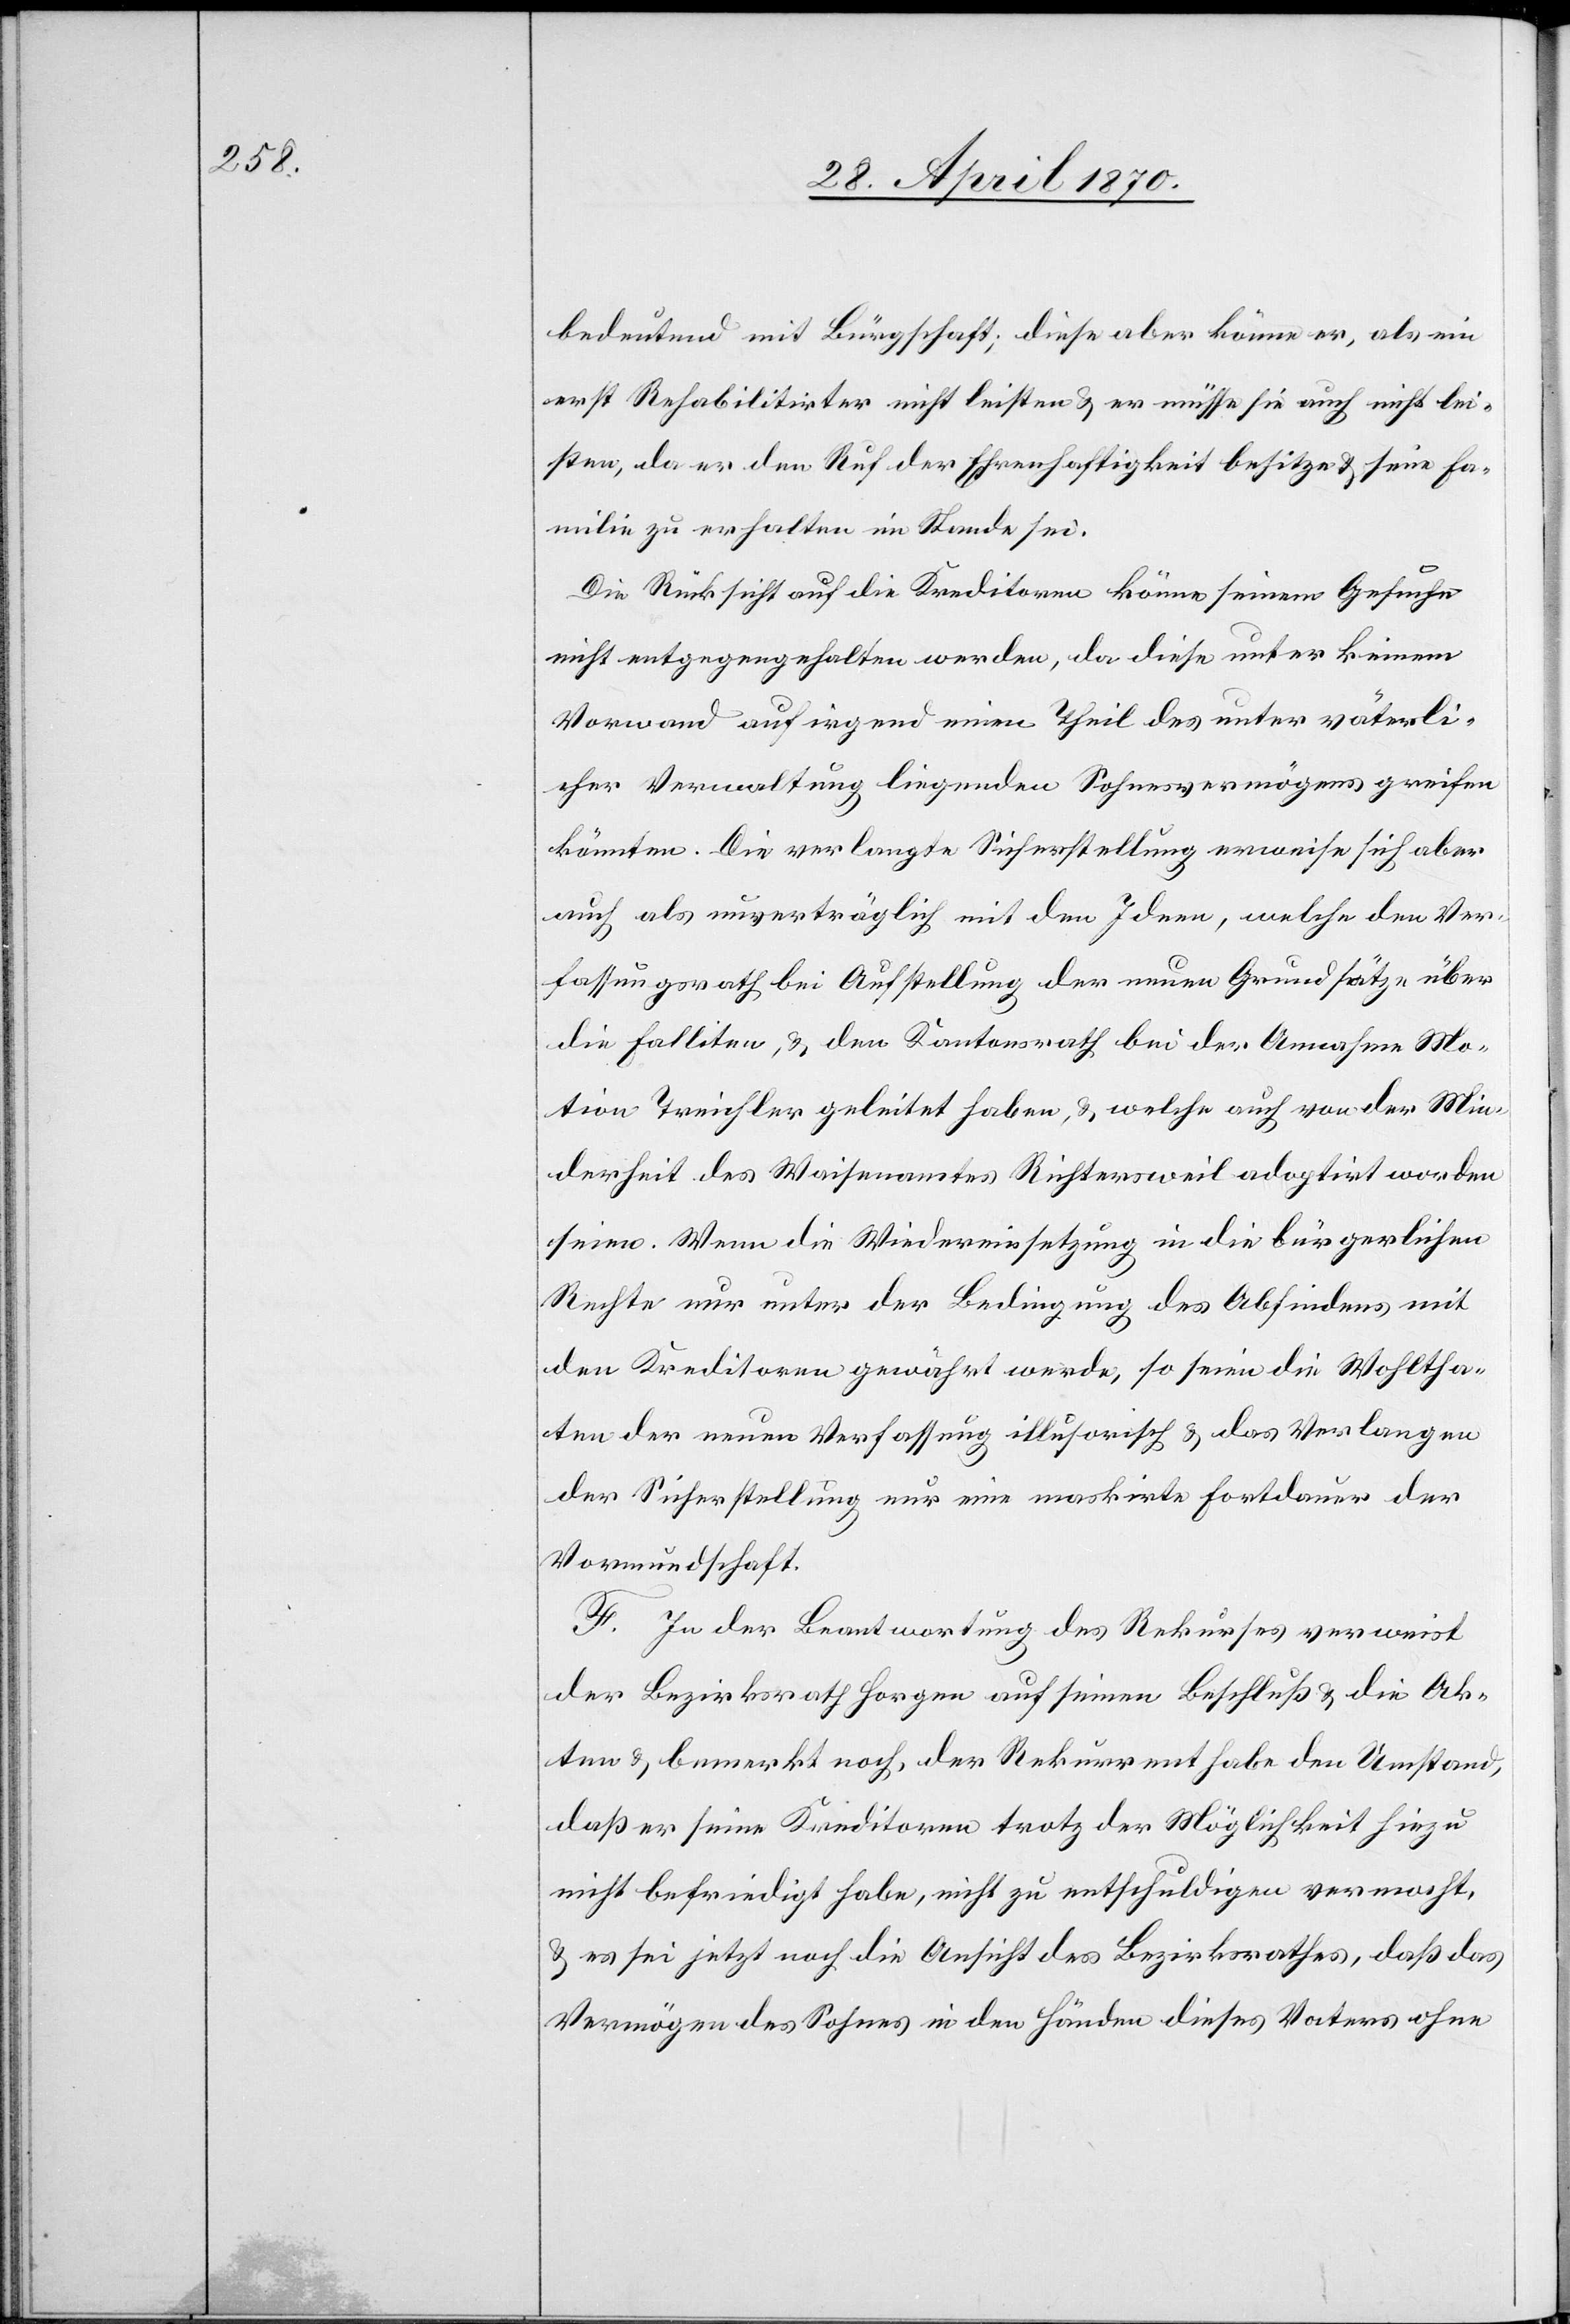
bedeutend mit Bürgschaft; diese aber könne er, als ein
erst Rehabilitirter nicht leisten & er müsse sie auch nicht lei¬
sten, da er den Ruf der Ehrenhaftigkeit besitze & seine Fa¬
milie zu erhalten im Stande sei.
Die Rücksicht auf die Kreditoren könne seinem Gesuche
nicht entgegengehalten werden, da diese unter keinem
Vorwand auf irgend einen Theil des unter väterli¬
cher Verwaltung liegenden Sohnesvermögens greifen
könnten. Die verlangte Sicherstellung erweise sich aber
auch als unverträglich mit den Ideen, welche dem Ver¬
fassungsrath bei Aufstellung der neuen Grundätze über
die Falliten, & den Kantonsrath bei der Annahme Mo¬
tion Treichler geleitet haben, & welche auch von der Min¬
derheit des Waisenamtes Richtersweil adoptirt worden
seien. Wenn die Wiedereinsetzung in die bürgerlichen
Rechte nur unter der Bedingung des Abfindens mit
den Kreditoren gewährt werde, so seien die Wohltha¬
ten der neuen Verfassung illusorisch & das Verlangen
der Sicherstellung nur eine maskirte Fortdauer der
Vormundschaft.
F. In der Beantwortung des Rekurses verweist
der Bezirksrath Horgen auf seinen Beschluß & die Ak¬
ten & bemerkt noch, der Rekurrent habe den Umstand,
daß er seine Kreditoren trotz der Möglichkeit hiezu
nicht befriedigt habe, nicht zu entschuldigen vermocht,
& es sei jetzt noch die Ansicht des Bezirksrathes, daß das
Vermögen des Sohnes in den Händen dieses Vaters ohne